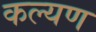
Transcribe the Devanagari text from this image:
कल्यण